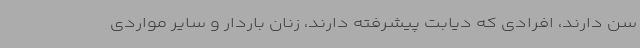
سن دارند، افرادی که دیابت پیشرفته دارند، زنان باردار و سایر مواردی